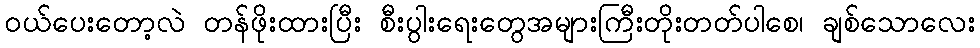
ဝယ်ပေးတော့လဲ တန်ဖိုးထားပြီး စီးပွါးရေးတွေအများကြီးတိုးတတ်ပါစေ၊ ချစ်သောလေး